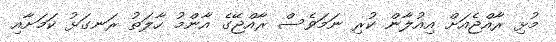
މުޅި ރާއްޖެއަށް އިއުލާން ކުރި ނަމަވެސް ރާއްޖޭގެ އާންމު ހާލަތު ރަނގަޅު ކަމަށާއި